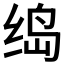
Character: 𱺟